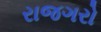
રાજગરો